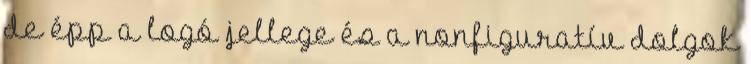
de épp a logó jellege és a nonfiguratív dolgok